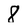
Character: 8